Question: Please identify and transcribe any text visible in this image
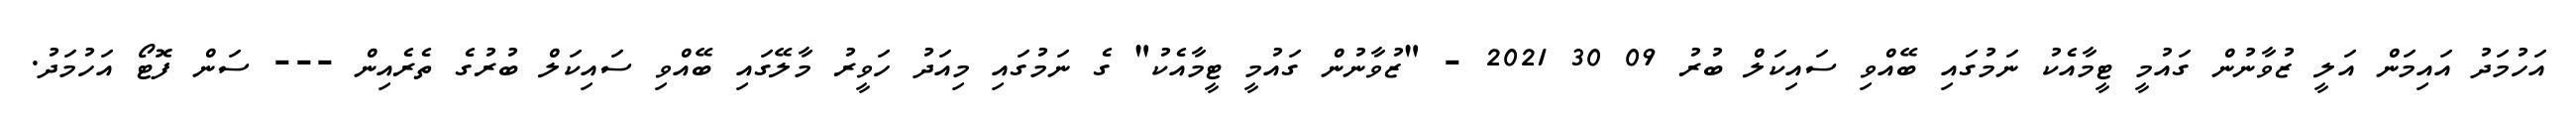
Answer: އަހުމަދު އައިމަން އަލީ ޒުވާނުން ގައުމީ ޓީމާއެކު ނަމުގައި ބޭއްވި ސައިކަލް ބުރު 09 30 2021 - "ޒުވާނުން ގައުމީ ޓީމާއެކު" ގެ ނަމުގައި މިއަދު ހަވީރު މާލޭގައި ބޭއްވި ސައިކަލް ބުރުގެ ތެރެއިން --- ސަން ފޮޓޯ އަހުމަދު.